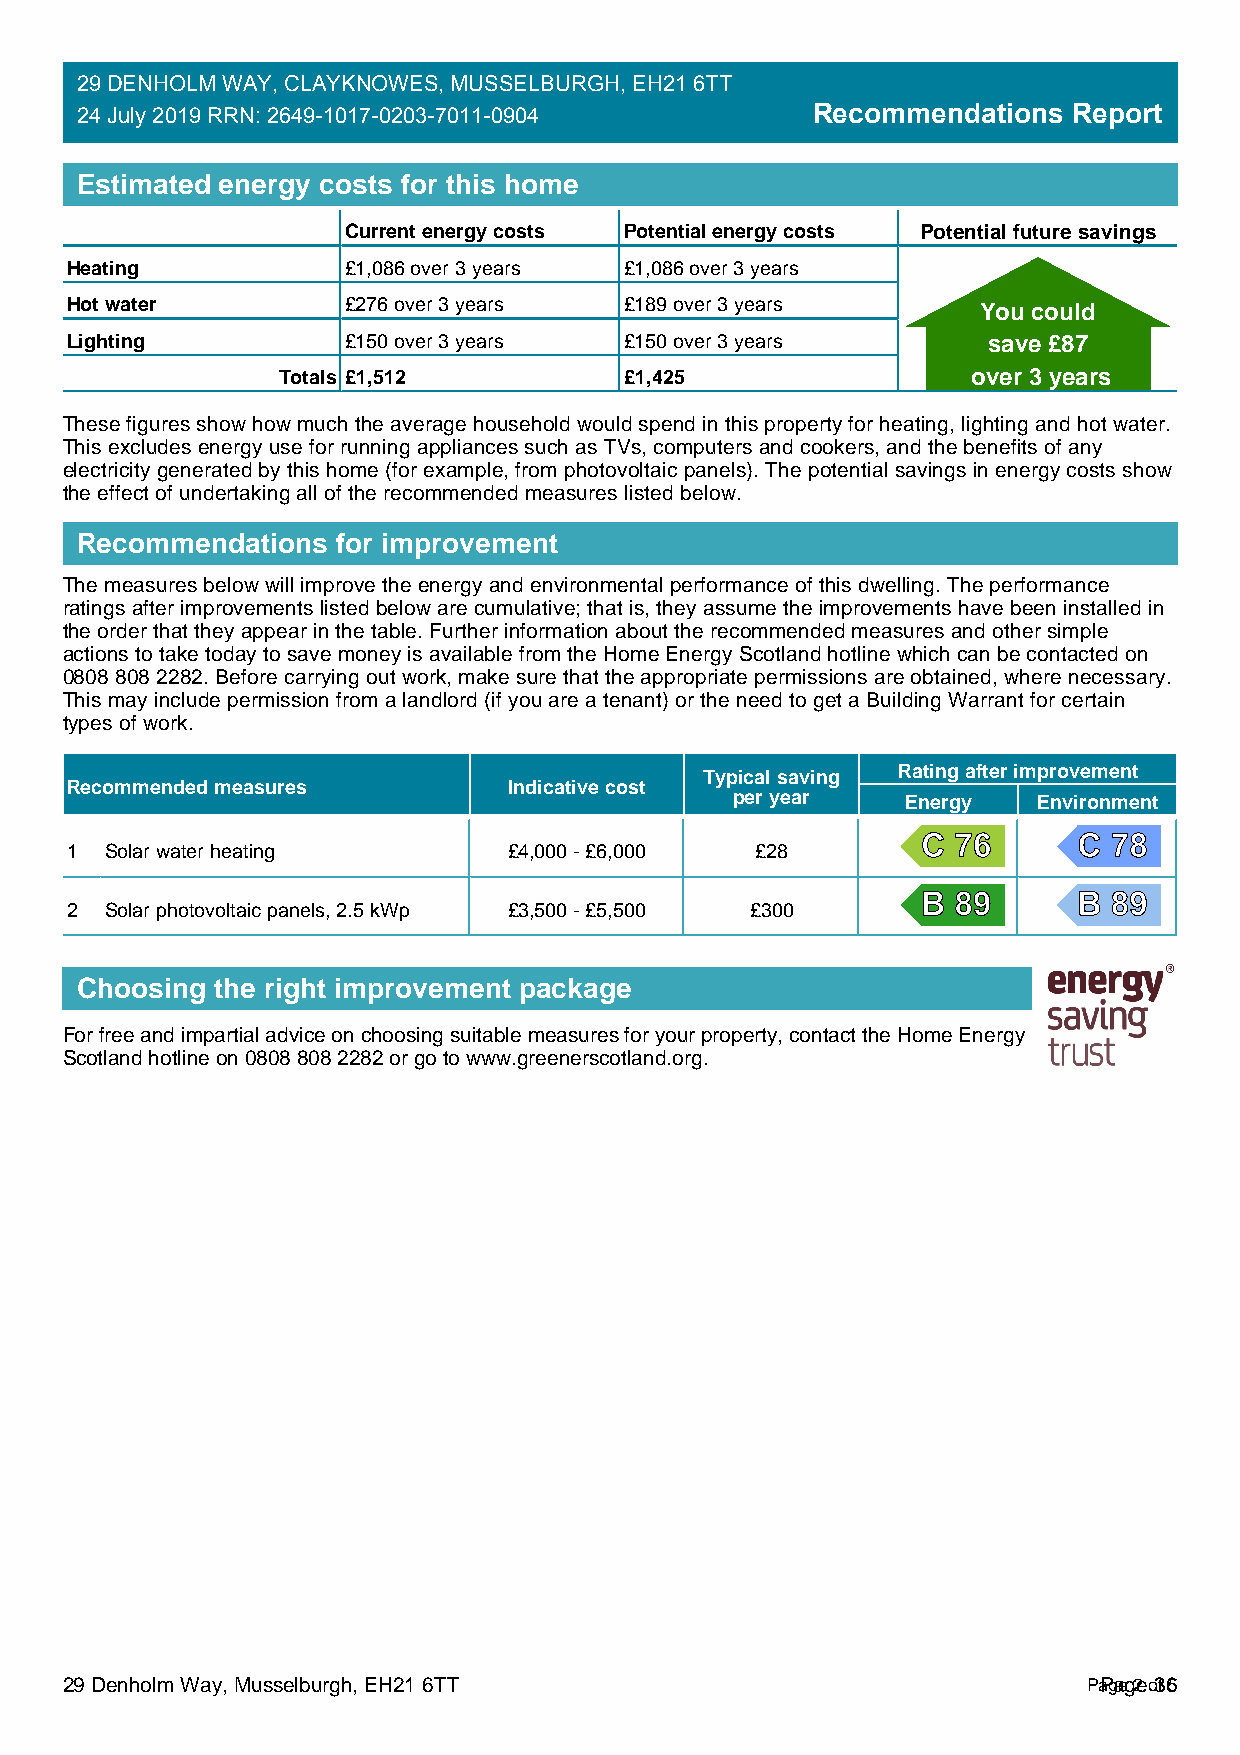
29 DENHOLM WAY, CLAYKNOWES, MUSSELBURGH, EH21 6TT
 24 July 2019 RRN: 2649-1017-0203-7011-0904       Recommendations  Report
 Estimated energy costs for this home
 Current energy costs Potential energy costs Potential future savings
 Heating            £1,086 over 3 years £1,086 over 3 years
 Hot water          £276 over 3 years £189 over 3 years       You could
 Lighting           £150 over 3 years £150 over 3 years       save £87
 Totals £1,512          £1,425                 over 3 years
 These figures show how much the average household would spend in this property for heating, lighting and hot water.
 This excludes energy use for running appliances such as TVs, computers and cookers, and the benefits of any
 electricity generated by this home (for example, from photovoltaic panels). The potential savings in energy costs show
 the effect of undertaking all of the recommended measures listed below.
 Recommendations  for improvement
 The measures below will improve the energy and environmental performance of this dwelling. The performance
 ratings after improvements listed below are cumulative; that is, they assume the improvements have been installed in
 the order that they appear in the table. Further information about the recommended measures and other simple
 actions to take today to save money is available from the Home Energy Scotland hotline which can be contacted on
 0808 808 2282. Before carrying out work, make sure that the appropriate permissions are obtained, where necessary.
 This may include permission from a landlord (if you are a tenant) or the need to get a Building Warrant for certain
 types of work.
 Typical saving Rating after improvement
 Recommended measures          Indicative cost
 per year   Energy   Environment
 C 76      C  78
 1  Solar water heating        £4,000 - £6,000 £28
 B 89      B  89
 2  Solar photovoltaic panels, 2.5 kWp £3,500 - £5,500 £300
 Choosing the right improvement package
 For free and impartial advice on choosing suitable measures for your property, contact the Home Energy
 Scotland hotline on 0808 808 2282 or go to www.greenerscotland.org.
 29 Denholm Way, Musselburgh, EH21 6TT                               PaPgaeg 2e o 3f 65